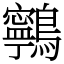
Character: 鸋